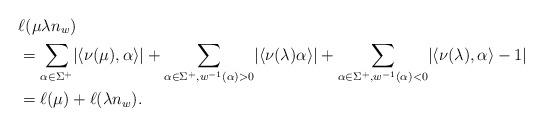
LaTeX: \begin{align*}& \ell(\mu \lambda n_w)\\ & = \sum_{\alpha\in\Sigma^+}\lvert\langle\nu(\mu),\alpha\rangle\rvert + \sum_{\alpha\in\Sigma^+, w^{-1}(\alpha) > 0}\lvert\langle\nu(\lambda)\alpha\rangle\rvert + \sum_{\alpha\in\Sigma^+, w^{-1}(\alpha) < 0}\lvert\langle\nu(\lambda),\alpha\rangle - 1\rvert\\& = \ell(\mu) + \ell(\lambda n_w).\end{align*}